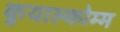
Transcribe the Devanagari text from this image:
कुयाल्कोम्म